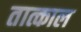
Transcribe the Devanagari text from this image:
तात्काल